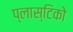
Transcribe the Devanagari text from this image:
प्लास्टिको